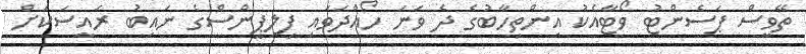
ތޭވީސް ޕަސެންޓު ވޯޓާއެކު އިންތިހާބުގެ ދެ ވަނަ ހޯއްދަވައި ފިލިޕީންސްގެ ނައިބު ރައީސަކަށް